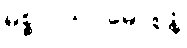
မစ္စုပါသပ္ပမောစနံ